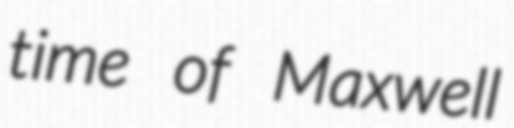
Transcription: time of Maxwell